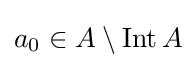
a_{0}\in A\setminus \operatorname {Int} A